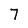
Character: 7